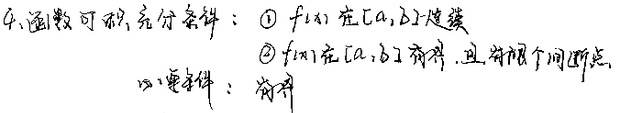
函数可积充分条件：
\textcircled{1} \(f(x)\) 在\([a,b]\)连续
\textcircled{2} \(f(x)\) 在\([a,b]\) 有界，且有限个间断点

必要条件：有界